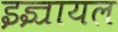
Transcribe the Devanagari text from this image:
इज्रायल